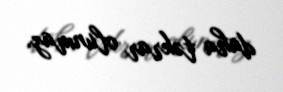
daha təkrar olunmaz.